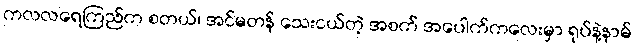
ကလလရေကြည်က စတယ်၊ အင်မတန် သေးငယ်တဲ့ အစက် အပေါက်ကလေးမှာ ရုပ်နဲ့နာမ်